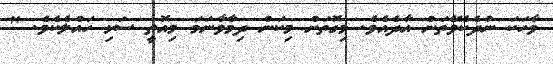
ވާހަކަ ނުދެކެވޭތަން އާދެއެވެ. މިގޮތަށް މިކަން ދިމާވާނަމަ މިއޮތީ ސަޅި ހައްލެކެވެ. "